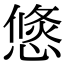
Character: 𢞣